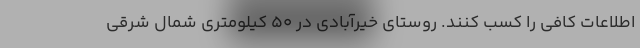
اطلاعات کافی را کسب کنند. روستای خیرآبادی در ۵۰ کیلومتری شمال شرقی